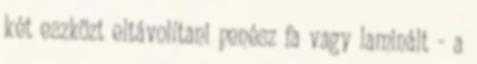
két eszközt eltávolítani penész fa vagy laminált - a